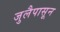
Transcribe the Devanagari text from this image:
जुलैपासून